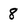
Character: 8